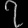
Digit: ၇